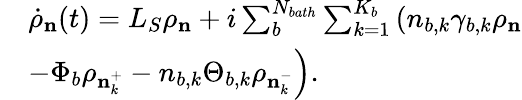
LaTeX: \begin{array}{rl}&{{{\dot{\rho}}_{\mathbf{n}}(t)}={{L}_{S}}{{\rho}_{\mathbf{n}}}+i\sum_{b}^{{{N}_{bath}}}{\sum_{k=1}^{{{K}_{b}}}{\left({{n}_{b,k}}{{\gamma}_{b,k}}{{\rho}_{\mathbf{n}}}\right.}}}\\ &{{{\left.-{{\Phi}_{b}}{{\rho}_{\mathbf{n}_{k}^{+}}}-{{n}_{b,k}}{{\Theta}_{b,k}}{{\rho}_{\mathbf{n}_{k}^{-}}}\right)}}.}\end{array}